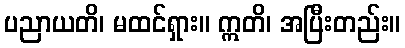
ပညာယတိ၊ မထင်ရှား။ ဣတိ၊ အပြီးတည်း။